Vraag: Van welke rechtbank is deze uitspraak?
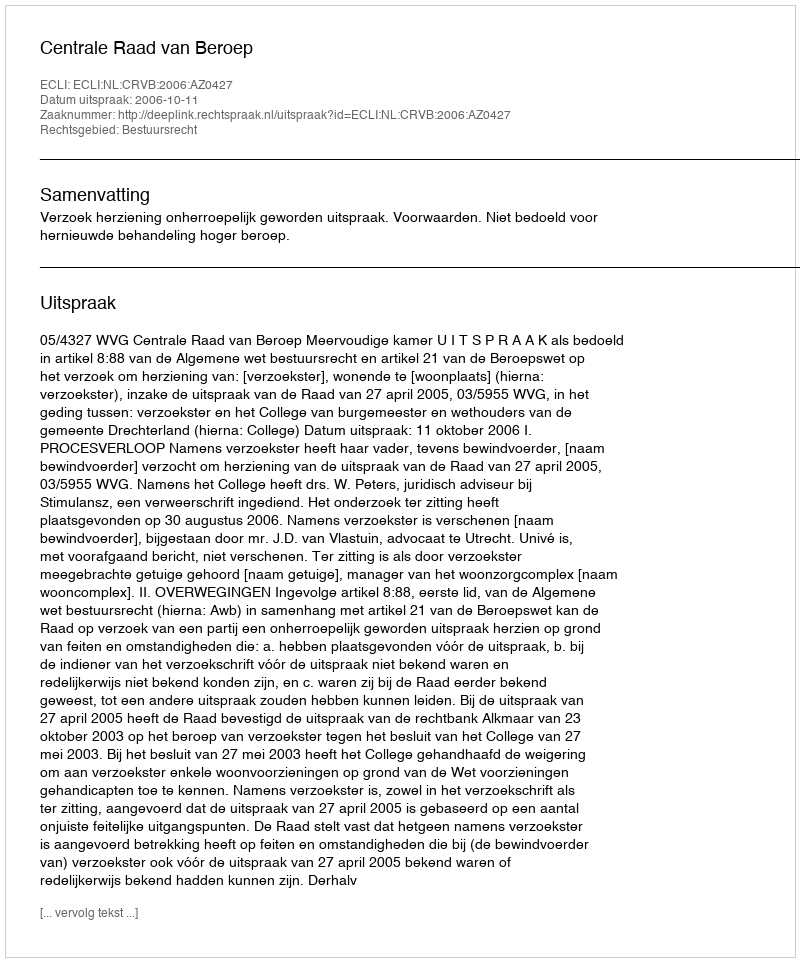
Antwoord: Centrale Raad van Beroep